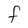
Character: F